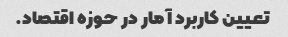
تعیین کاربرد آمار در حوزه اقتصاد.